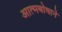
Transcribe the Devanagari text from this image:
आत्मबोधाने